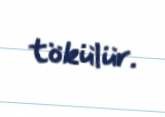
tökülür.